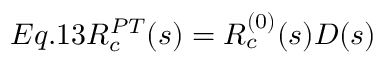
E q . 1 3 R _ { c } ^ { P T } ( s ) = R _ { c } ^ { ( 0 ) } ( s ) { \cal D } ( s )